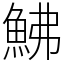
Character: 鮄